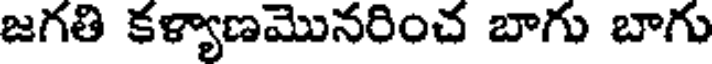
జగతి కళ్యాణమొనరించ బాగు బాగు